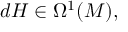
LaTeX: d H \in \Omega ^ { 1 } ( M ) ,